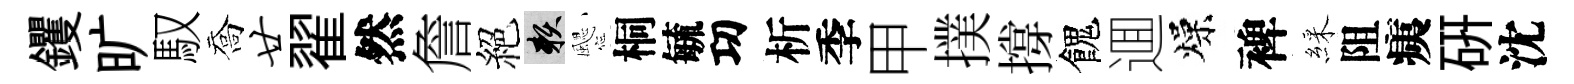
钁旷馭喬廿翟然詹絕賴颸桐毓㓛析季甲撲撐餽逥燥裨綵阻痍硏沈